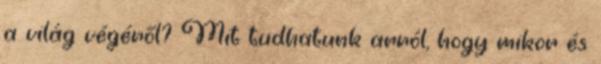
a világ végéről? Mit tudhatunk arról, hogy mikor és